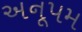
અનૂપમ